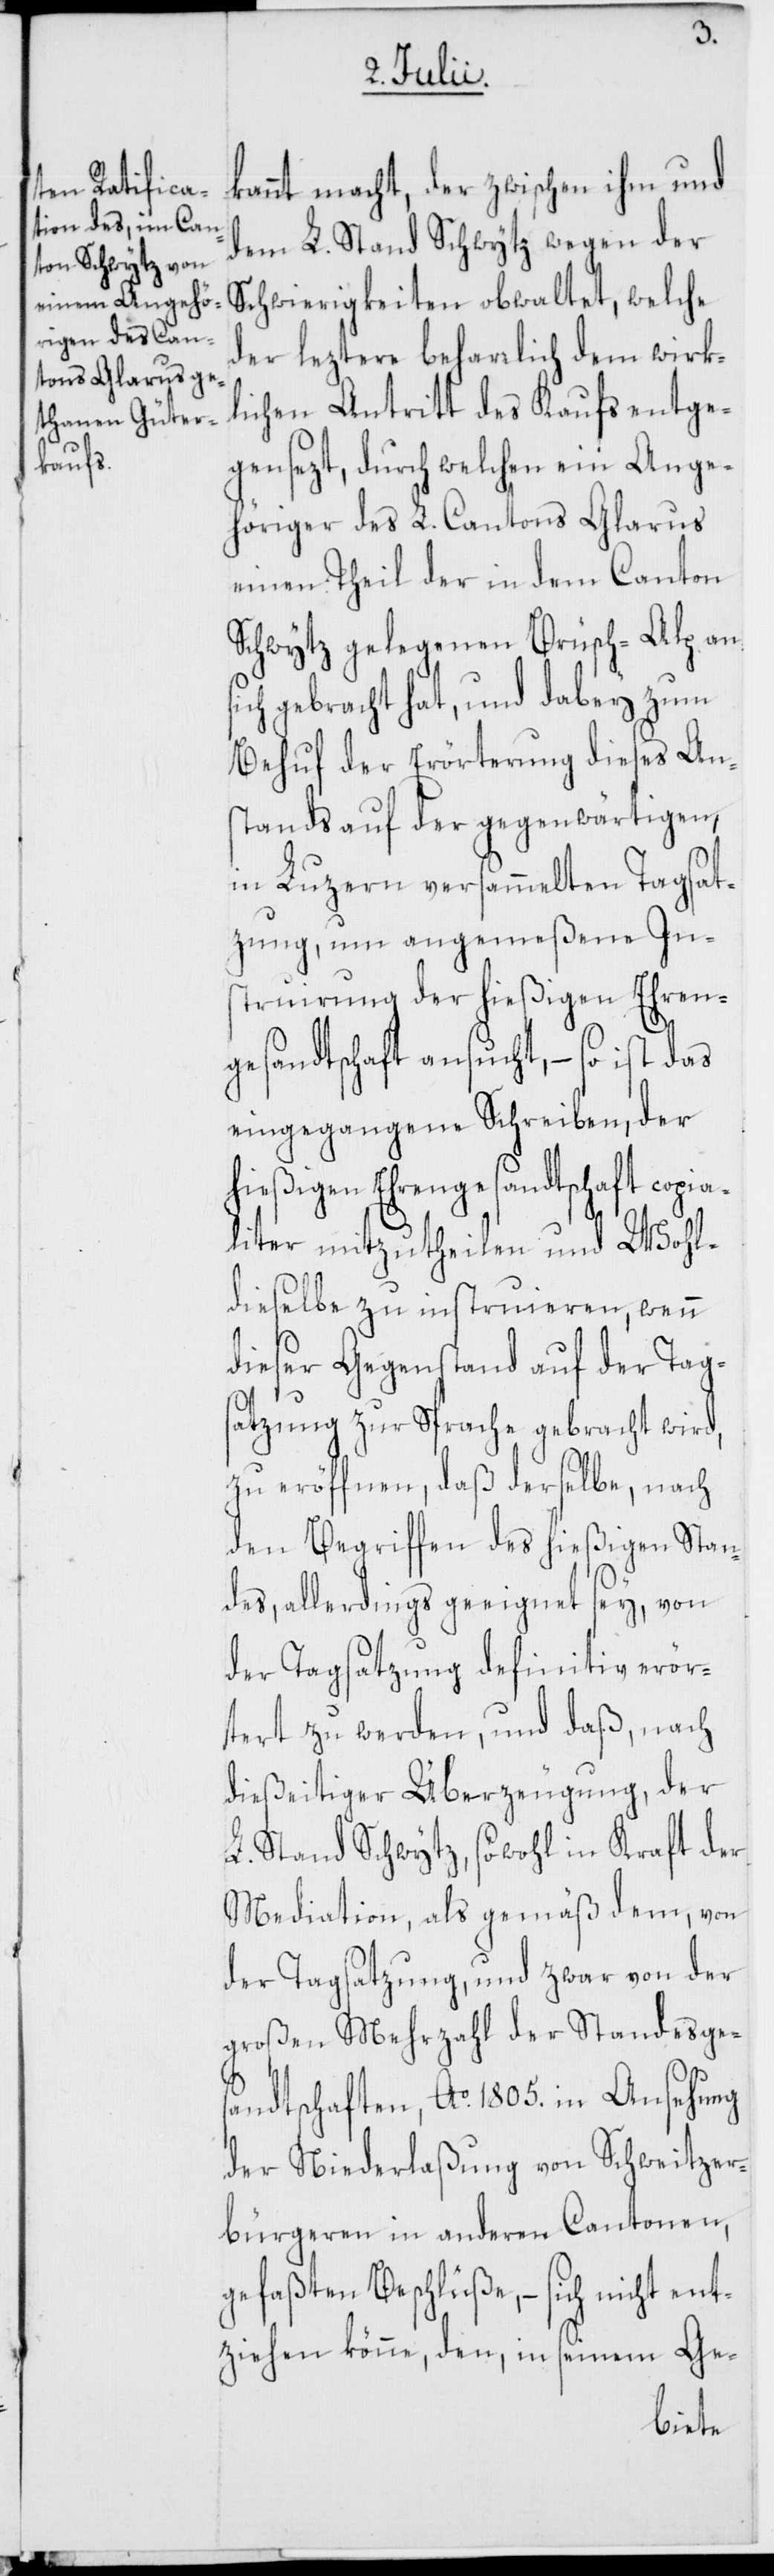
s¬
kannt macht, der zwischen ihm und
dem L. Stand Schwytz wegen der
Schwierigkeiten obwaltet, welche
der leztere beharrlich dem wirkl¬
ichen Antritt des Kaufs entge¬
gensezt, durch welchen ein Ange¬
höriger des L. Cantons Glarus
einen Theil der in dem Canton
Schwytz gelegenen Brüsch-Alp an
ich gebracht hat, und dabey zum
Behuf der Erörterung dieses An¬
stands auf der gegenwärtigen,
in Luzern versammelten Tagsat¬
zung, um angemeßene In¬
struirung der hießigen Ehren¬
gesandtschaft ansucht, – so ist das
eingegangene Schreiben, der
hießigen Ehrengesandtschaft copia¬
liter mitzutheilen und Wohl¬
dieselbe zu instruieren, wenn
dieser Gegenstand auf der Tag¬
satzung zur Sprache gebracht wird,
zu eröffnen, daß derselbe, nach
den Begriffen des hießigen Stan¬
des, allerdings geeignet sey, von
der Tagsatzung definitiv erör¬
tert zu werden, und daß, nach
dießeitiger Überzeugung, der
L. Stand Schwytz, sowohl in Kraft der
Mediation als gemäß dem, von
der Tagsatzung, und zwar von der
großen Mehrzahl der Standesge¬
sandtschaften, Ao. 1805. in Ansehung
der Niederlaßung von Schweitzer¬
bürgeren in anderen Cantonen,
gefaßten Beschlüße, – sich nicht ent¬
ziehen könne, den, in seinem Ge-